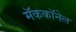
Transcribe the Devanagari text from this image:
मॅककॉनेल